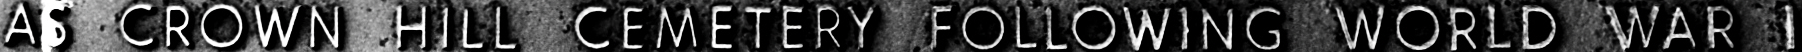
AS CROWN HILL CEMETERY FOLLOWING WORLD WAR I